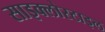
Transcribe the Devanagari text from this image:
साइक्लोस्टाइल